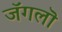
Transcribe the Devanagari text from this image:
जॅगलॊ